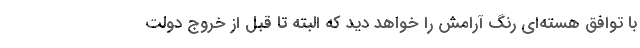
با توافق هسته‌ای رنگ آرامش را خواهد دید که البته تا قبل از خروج دولت